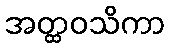
အတ္ထဝသိကာ